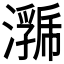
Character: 𭳄